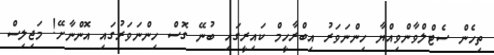
ތިހެން ސެޓްލްވާންވިއްޔާ ހިންނަވަރު އިބްރާހީމް ކައިރީގައި ބުނޭ ގޮސް ހިންނަވަރުގައި އޮންނާށޭ! މަޖިލިސް